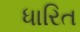
ધારિત